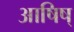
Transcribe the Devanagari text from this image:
आषिष्